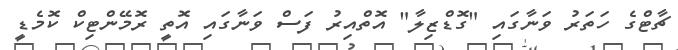
ޗާޓްގެ ހަތަރު ވަނާގައި "ގޮޑްޒިލާ" އޮތްއިރު ފަސް ވަނާގައި އޮތީ ރޮމޭންޓިކް ކޮމެޑީ